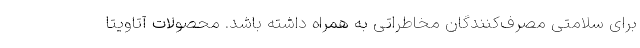
برای سلامتی مصرف‌کنندگان مخاطراتی به همراه داشته باشد. محصولات آتاویتا